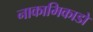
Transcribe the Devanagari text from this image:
नाकामिकाडो